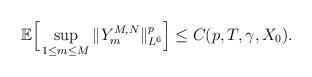
LaTeX: \begin{align*}\mathbb{E}\Big[ \sup_{ 1\leq m\leq M } \| Y_m^{M,N} \|^p_{L^6} \Big]\leq C(p,T,\gamma,X_0).\end{align*}